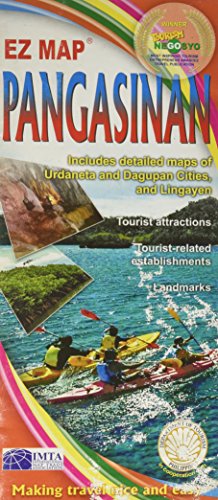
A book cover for Pangasinan (Philippines); EZ Map; Travel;